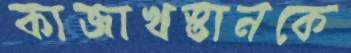
কাজাখস্তানকে